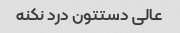
عالی دستتون درد نکنه